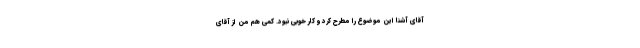
آقای آشنا این موضوع را مطرح کرد و کار خوبی نبود. کمی هم من از آقای